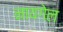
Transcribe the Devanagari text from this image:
नायगेल